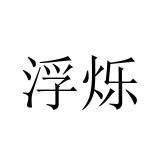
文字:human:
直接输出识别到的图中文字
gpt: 浮烁